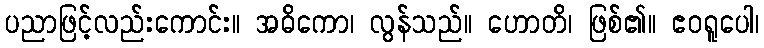
ပညာဖြင့်လည်းကောင်း။ အဓိကော၊ လွန်သည်။ ဟောတိ၊ ဖြစ်၏။ ဧဝရူပေါ၊